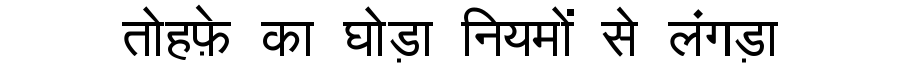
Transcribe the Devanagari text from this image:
तोहफ़े का घोड़ा नियमों से लंगड़ा